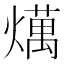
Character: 燤